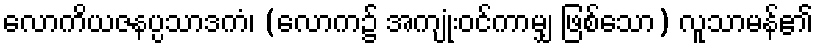
လောကိယဇနပ္ပသာဒကံ၊ (လောက၌ အကျုံးဝင်ကာမျှ ဖြစ်သော) လူသာမန်၏